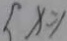
\{ x = 1